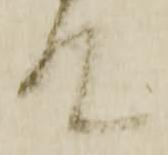
て